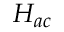
H _ { a c }